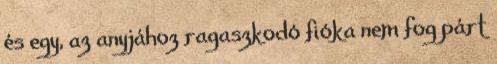
és egy, az anyjához ragaszkodó fióka nem fog párt